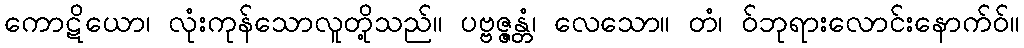
ကောဋိယော၊ လုံးကုန်သောလူတို့သည်။ ပဗ္ဗဇ္ဇန္တံ၊ လေသော။ တံ၊ ဝ်ဘုရားလောင်းနောက်ဝ်။